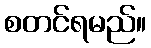
စတင်ရမည်။